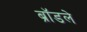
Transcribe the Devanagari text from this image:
ब्रॉडले